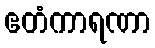
ဧတံကာရဏာ